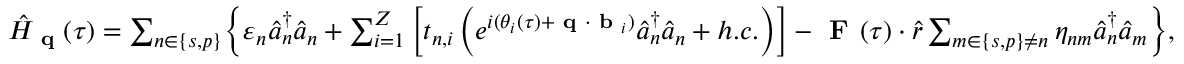
\begin{array} { r } { \hat { H } _ { \textbf { q } } ( \tau ) = \sum _ { n \in \{ s , p \} } \biggl \{ \varepsilon _ { n } \hat { a } _ { n } ^ { \dagger } \hat { a } _ { n } + \sum _ { i = 1 } ^ { Z } \left[ t _ { n , i } \left( e ^ { i ( \theta _ { i } ( \tau ) + \textbf { q } \cdot \textbf { b } _ { i } ) } \hat { a } _ { n } ^ { \dagger } \hat { a } _ { n } + h . c . \right) \right] - \textbf { F } ( \tau ) \cdot \hat { r } \sum _ { m \in \{ s , p \} \neq n } \eta _ { n m } \hat { a } _ { n } ^ { \dagger } \hat { a } _ { m } \biggl \} , } \end{array}